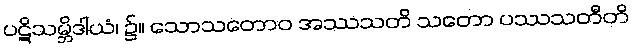
ပဋိသမ္ဘိဒါယံ၊ ၌။ သောသတောဝ အဿသတိ သတော ပဿသတီတိ